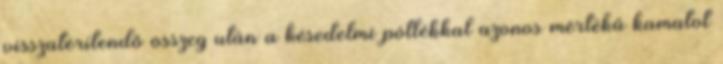
visszatérítendő összeg után a késedelmi pótlékkal azonos mértékű kamatot